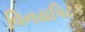
વિનયપિટક